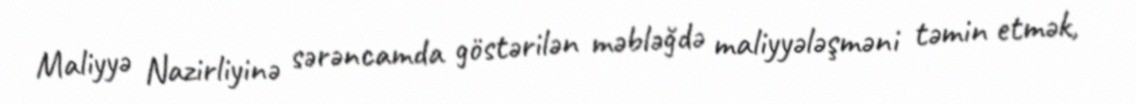
Maliyyə Nazirliyinə sərəncamda göstərilən məbləğdə maliyyələşməni təmin etmək,